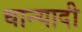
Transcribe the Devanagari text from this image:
धान्यादी